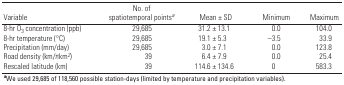
| Variable | No. of spatiotemporal pointsa | Mean ± SD | Minimum | Maximum |
 | --- | --- | --- | --- | --- |
 | 8-hr O3 concentration (ppb) | 29,685 | 31.2 ± 13.1 | 0.0 | 104.0 |
 | 8-hr temperature (°C) | 29,685 | 19.1 ± 5.3 | –3.5 | 33.9 |
 | Precipitation (mm/day) | 29,685 | 3.0 ± 7.1 | 0.0 | 123.8 |
 | Road density (km/πkm2) | 39 | 6.4 ± 7.9 | 0.0 | 25.4 |
 | Rescaled latitude (km) | 39 | 114.6 ± 134.6 | 0 | 583.3 |
 | <COLSPAN=5> aWe used 29,685 of 118,560 possible station-days (limited by temperature and precipitation variables). |